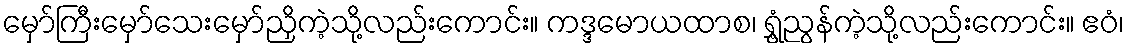
မှော်ကြီးမှော်သေးမှော်ညှိကဲ့သို့လည်းကောင်း။ ကဒ္ဒမောယထာစ၊ ရွှံ့ညွန်ကဲ့သို့လည်းကောင်း။ ဧဝံ၊